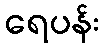
ရေပန်း